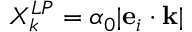
X _ { k } ^ { L P } = \alpha _ { 0 } | \mathbf { e } _ { i } \cdot \mathbf { k } |